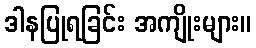
ဒါနပြုရခြင်း အကျိုးများ။